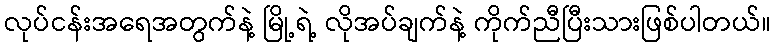
လုပ်ငန်းအရေအတွက်နဲ့ မြို့ရဲ့ လိုအပ်ချက်နဲ့ ကိုက်ညီပြီးသားဖြစ်ပါတယ်။